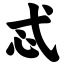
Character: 忒